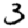
Digit: 3